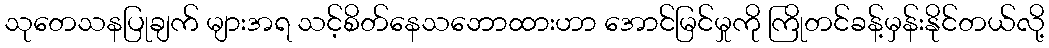
သုတေသနပြုချက် များအရ သင့်စိတ်နေသဘောထားဟာ အောင်မြင်မှုကို ကြိုတင်ခန့်မှန်းနိုင်တယ်လို့